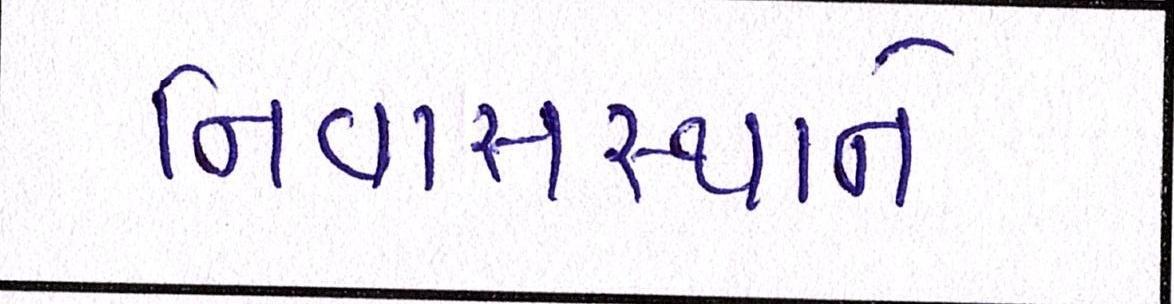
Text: નિવાસસ્થાને